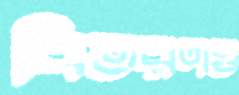
বিতরণও